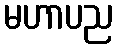
မဟာပည